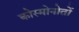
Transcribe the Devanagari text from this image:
कोस्मोनोतों